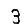
Digit: 3